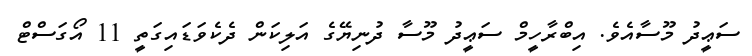
ސަޢީދު މޫސާއެވެ. އިބްރާހީމް ސަޢީދު މޫސާ ދުނިޔޭގެ އަލިކަން ދެކެވަޑައިގަތީ 11 އޯގަސްޓް